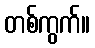
တစ်ကွက်။